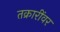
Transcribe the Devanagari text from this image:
तक्रारींवर